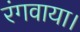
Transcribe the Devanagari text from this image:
रंगवाया।